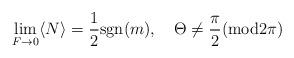
LaTeX: \begin{align*}\lim_{F\to0}\langle N\rangle={1\over2}{\rm sgn}(m), \quad\Theta \neq \frac{\pi}{2} ({\rm mod} 2\pi)\end{align*}